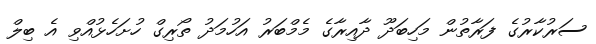
ސަރުކާރުގެ ފަރާތުން މަހިބަދޫ ދާއިރާގެ މެމްބަރު އަހުމަދު ތޯރިގް ހުށަހެޅުއްވި އެ ބިލް